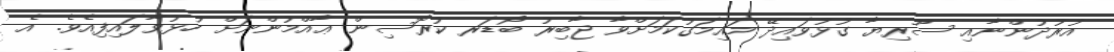
އުރުދުންނާއި ސޫރިޔާ ގުޅުވައިދޭ މައިމަގުކަމަށްވާ ޖާބިރު ބޯޑަރ ކުރޮސިން ޢާއްމުންނަށް ހުޅުވާލައިފިއެވެ. އެ